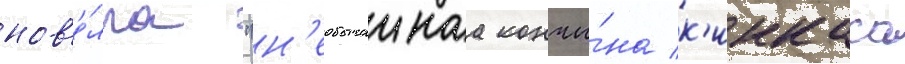
нов'е́лла "н'еобычаинаа кончи́на к'инкаса